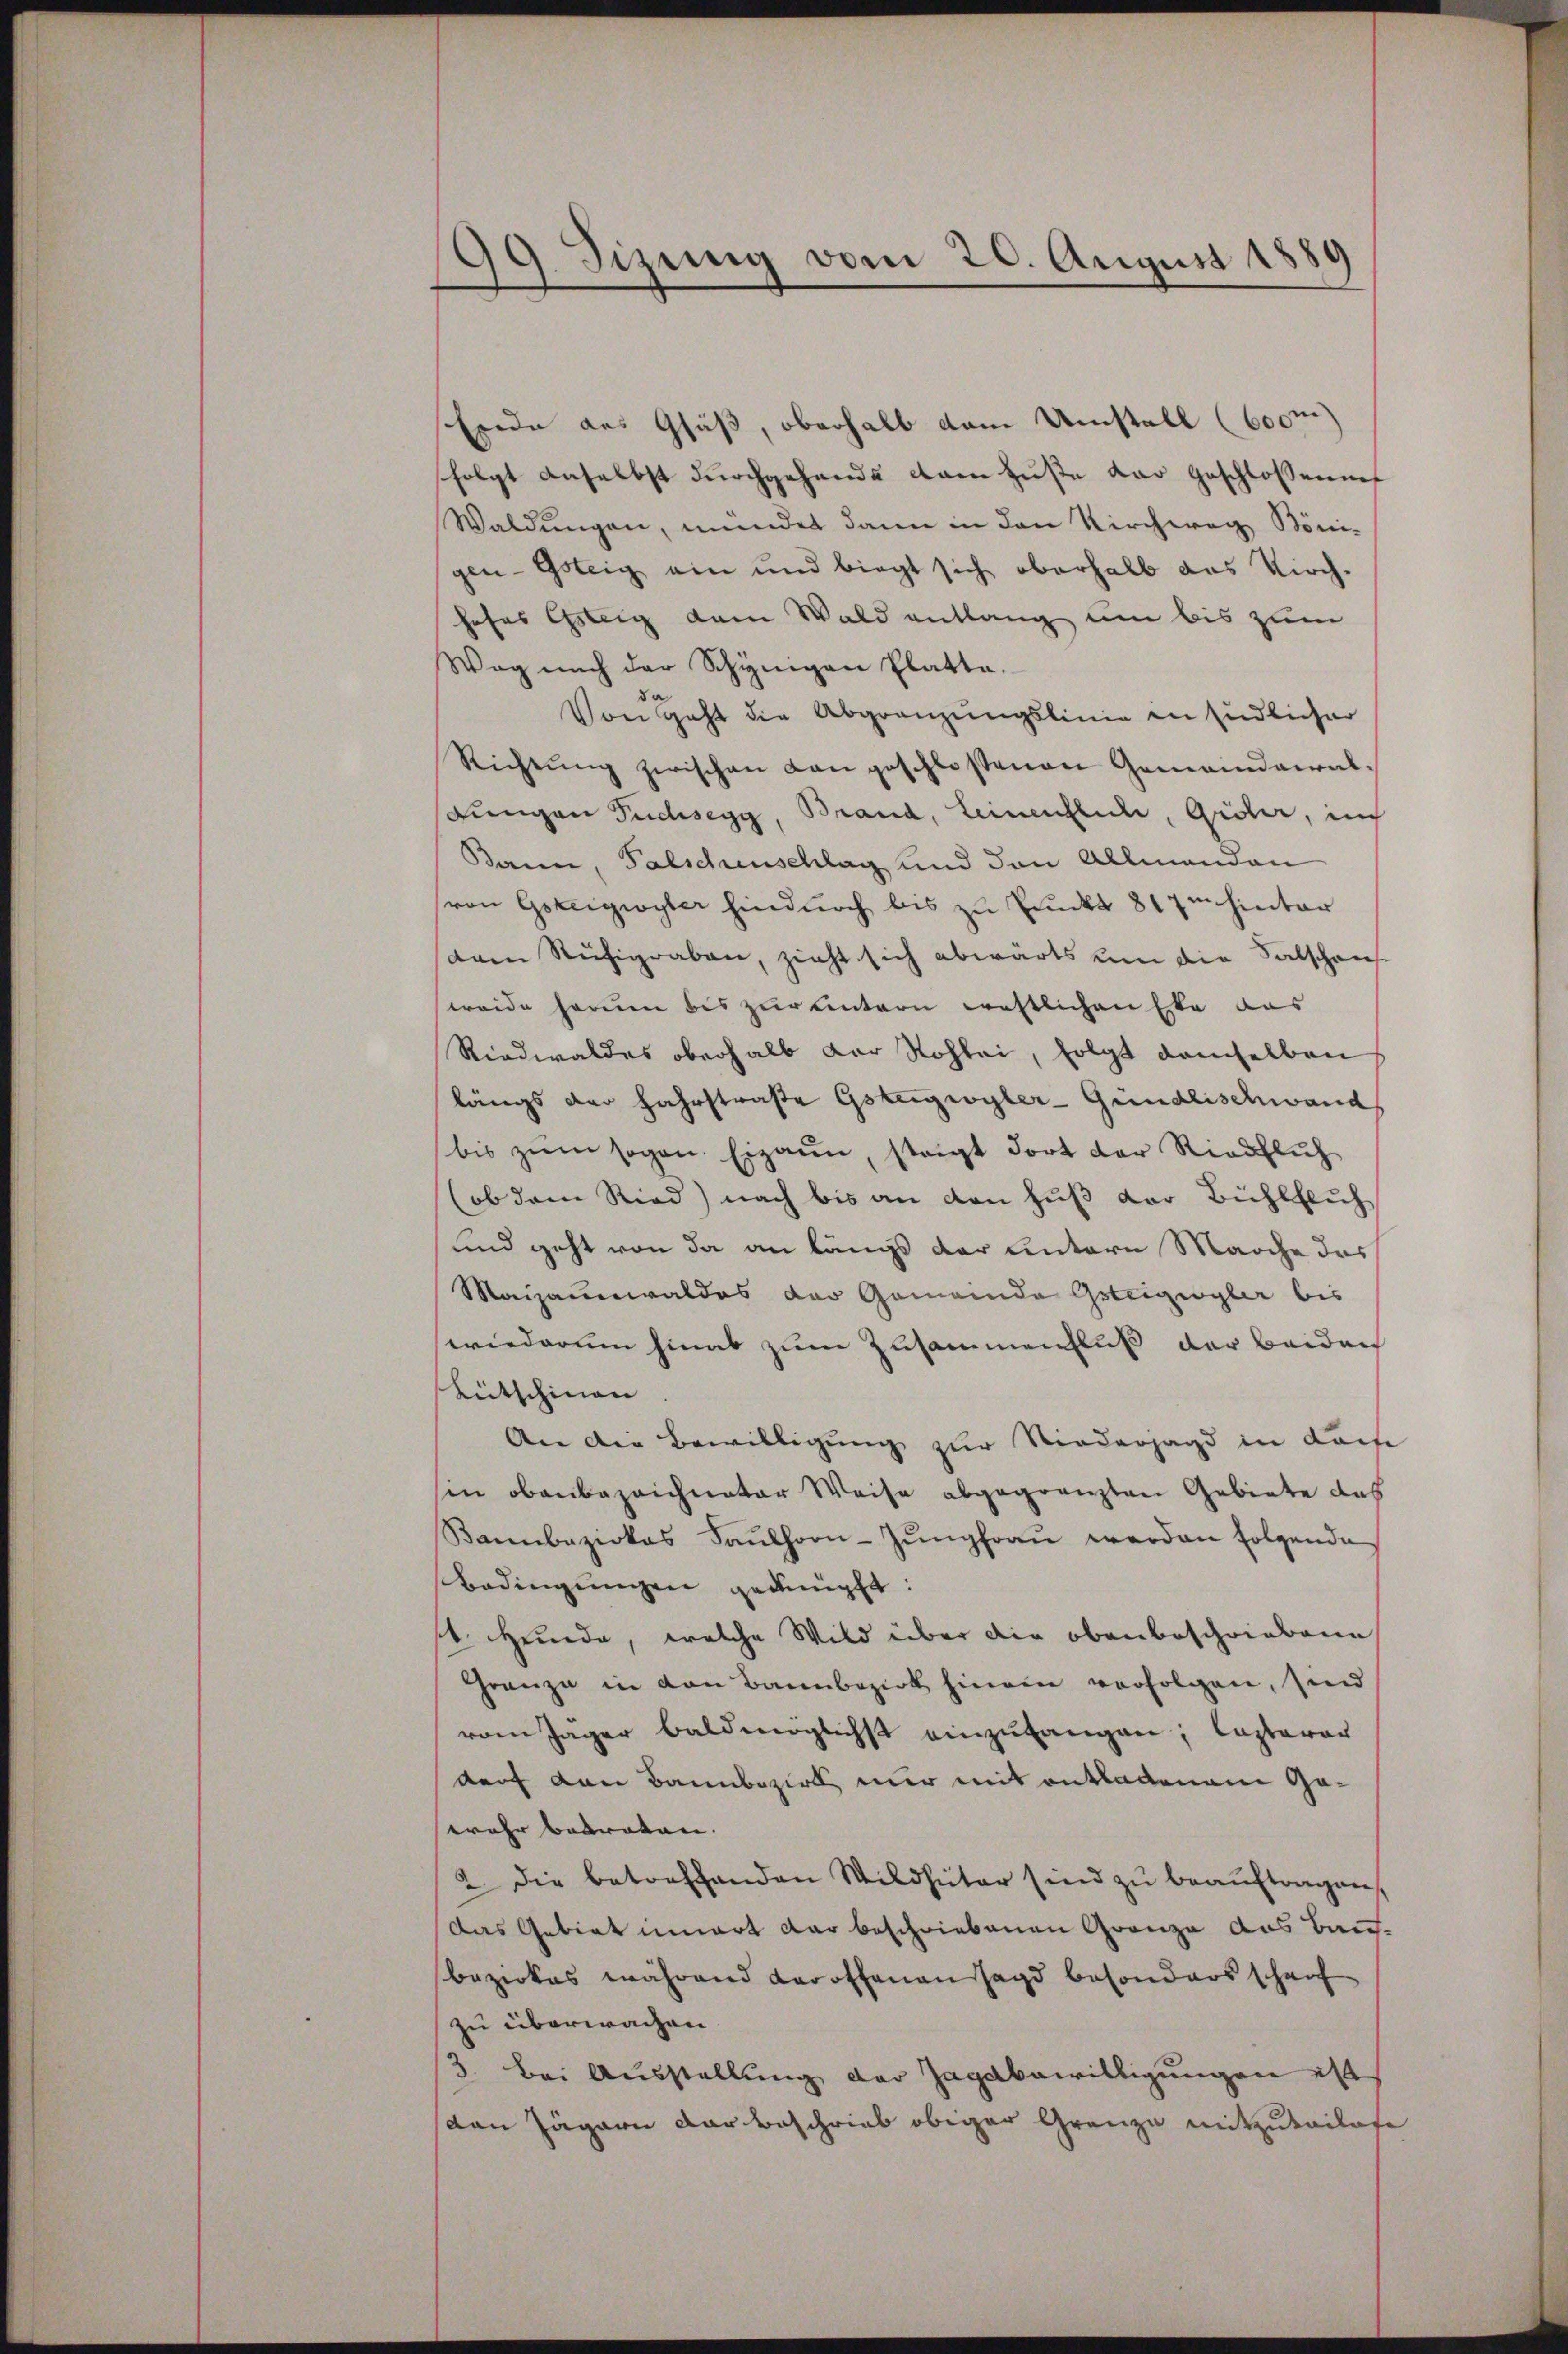
99. Sizung vom 20. August 1889

Erde aus Gruß, oberhalb dem Umstall (600m
sfolgt daselbst durchgehende kam Huste dar geschlossenen
Waldungen, mündet dann in den Kirchweg Bönigen-Gsteig ein und biegt sich oberhalb das Kirch-
hohes Gstig dem Wald entlang um bis zum
Weg nach der Schynigen Platte.
Von geht die Abgrenzungslinie in südlicher
Richtŭng zwischen Langeschlossenen Gemeindaeral-
(eingen Pudsegg, Brand, Leinenflich, Gisler, in
Bann, Falschenschlag und den Allmenden
von Gezeigwyter hindurch bis zu Pruckt 817m hinter
dam Rühigraben, zieht sich abwärts um die Salschaus
weide herum bis zur untern rastlichen Eke das
Riedwaldes oberhalb der Rohbei, folgt demselben
längs der Fahrstraße Gsteigwyler-Gündlischwand
bis zŭm sogan. Eigen, steigt dort der Riedtlich
(ob dem Ried) nach bis an den Fuß der Bühlfluch
und geht von da an längs der untern Marche des
Maizaunwaldes der Gemeinde Geteigegler bis
wiederum hinab zum Zusammenfluß der beiden
Ritschinen
An die Bewilligung zur Niederjagd in Lache
hin obenbezeichneter Weise abgegränzten Gebiete das
Bambaziokas Faŭlhorn-Jŭngfraŭ werden folgende
Bedingungen geknüpft:
/4. Hende, welche Wild über die obenbeschriebene
Franze in den Bannbezirk hinein verfolgen, sind
vom Jäger baldmöglichst einzufangen, lasteror
darf den Bannbezirk nur mit entladenem Gewahr betreten. |
2. Die betreffenden Wildhüter sind zu beauftragen,
Das Gebiet innert der beschriebenen Grenze aus Bau-
bezirkes während Karothanen Jagd besonders schauf
zu überwachen |
3. Bei Ausstellung der Zagabewilligungen ist
van Jägern dar beschrieb obiger Grenze mitzuteilage